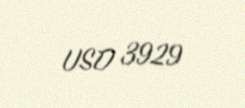
USD 3929